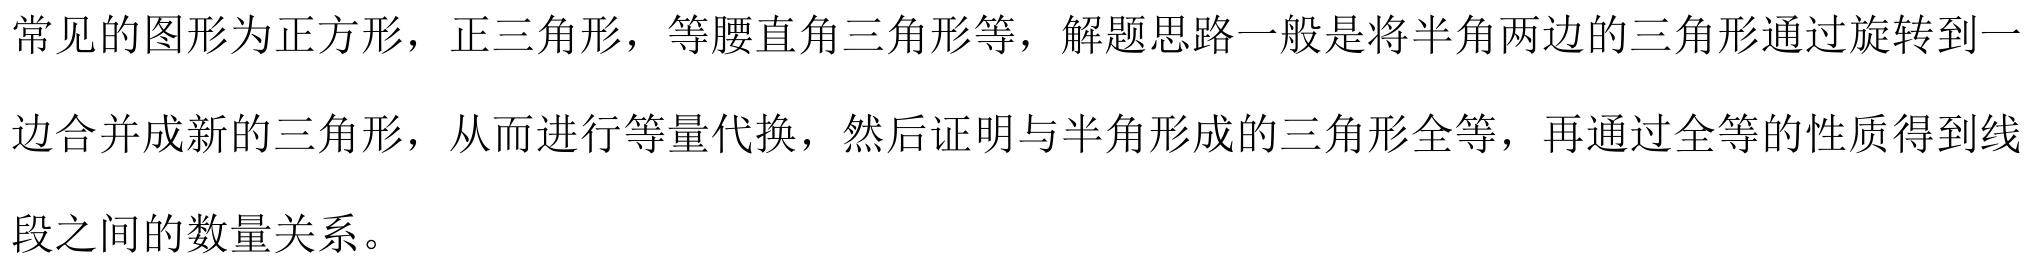
常见的图形为正方形，正三角形，等腰直角三角形等，解题思路一般是将半角两边的三角形通过旋转到一边合并成新的三角形，从而进行等量代换，然后证明与半角形成的三角形全等，再通过全等的性质得到线段之间的数量关系。